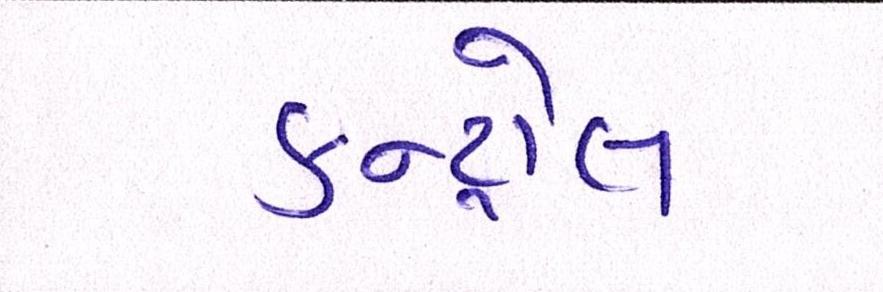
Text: કન્ટ્રોલ